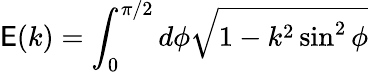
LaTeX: \mathsf{E}(k)=\int_{0}^{\pi/2}d\phi\sqrt{1-k^{2}\sin^{2}\phi}